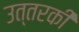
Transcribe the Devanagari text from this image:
उत्तरकी